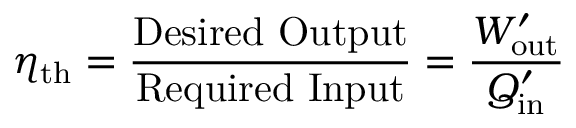
\eta _ { \mathrm { t h } } = { \frac { \mathrm { D e s i r e d ~ O u t p u t } } { \mathrm { R e q u i r e d ~ I n p u t } } } = { \frac { W _ { \mathrm { o u t } } ^ { \prime } } { Q _ { \mathrm { i n } } ^ { \prime } } }